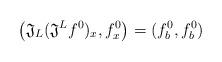
LaTeX: \begin{align*}\big(\mathfrak{J}_L (\mathfrak{J}^Lf^{0})_{x}, f^{0}_{x} \big) = (f^{0}_{b} , f^{0}_{b})\end{align*}